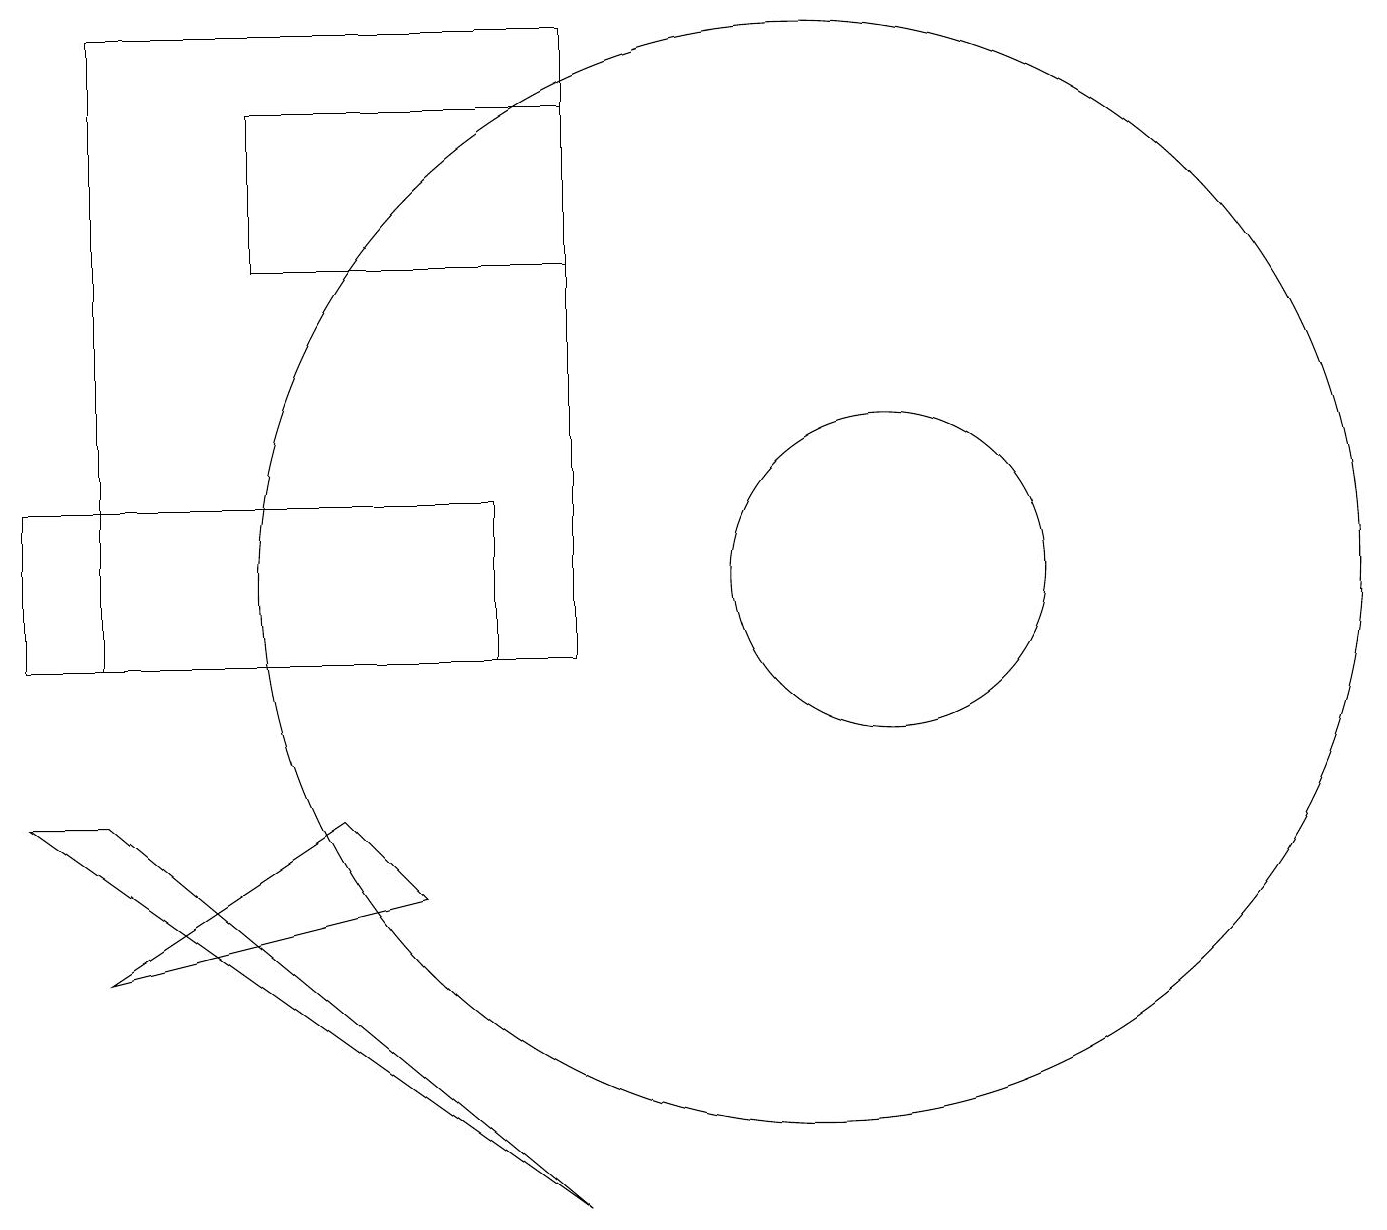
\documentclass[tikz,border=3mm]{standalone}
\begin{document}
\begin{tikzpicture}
\draw (10,11) circle (7);
\draw (6,12) rectangle (0,10);
\draw (11,11) circle (2);
\draw (1,6) -- (5,7) -- (4,8) -- cycle;
\draw (7,17) rectangle (3,15);
\draw (7,3) -- (1,8) -- (0,8) -- cycle;
\draw (1,18) rectangle (7,10);
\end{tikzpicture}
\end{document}